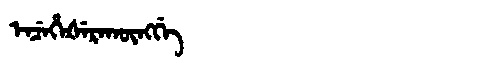
Manchu: ᡝᠨᠴᡝᡥᡝᡧᡝᡵᠠᡴᡡᠩᡤᡝ
Romanization: ENCEHEŠERAKŪNGGE